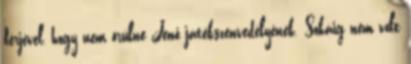
férjével, hogy nem örülne Jenő játékszenvedélyének. Sokáig nem volt